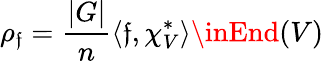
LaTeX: \rho_{\mathfrak{f}}={\frac{{|G|}}{{n}}}\langle\mathfrak{f},\chi_{V}^{*}\rangle\inEnd(V)